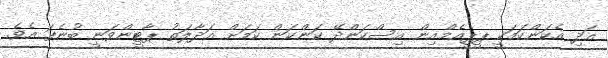
އަދި އެކަންކަމަކީ ޕީޕީއެމްއިން އިސްކަންދޭ ކަންކަން ކަމަށް އަދާލަތު ޕާޓީންވަނީ ބުނެފަ އެވެ.